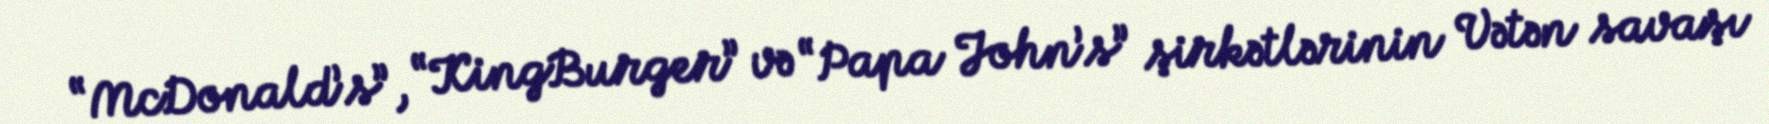
“McDonald’s”, “KingBurger” və “Papa John’s” şirkətlərinin Vətən savaşı